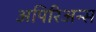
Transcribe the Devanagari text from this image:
अपिरिअन्स